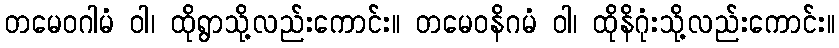
တမေဝဂါမံ ဝါ၊ ထိုရွာသို့လည်းကောင်း။ တမေဝနိဂမံ ဝါ၊ ထိုနိဂုံးသို့လည်းကောင်း။